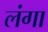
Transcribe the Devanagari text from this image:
लंगा